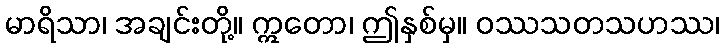
မာရိသာ၊ အချင်းတို့။ ဣတော၊ ဤနှစ်မှ။ ဝဿသတသဟဿ၊